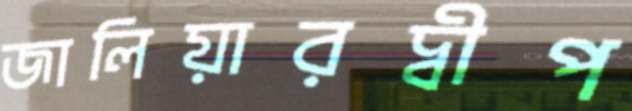
জালিয়ারদ্বীপ